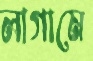
লাগামে